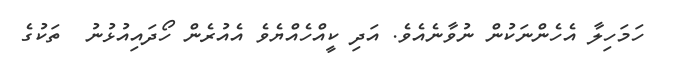
ހަމަހިލާ އެހެންނަކުން ނުވާނެއެވެ. އަދި ކީއްހެއްޔެވެ އެއުރެން ހޯދައިއުޅުނު  ތަކުގެ